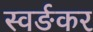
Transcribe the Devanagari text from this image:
स्वर्ङकर